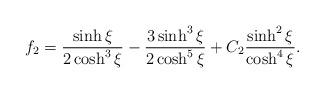
LaTeX: \begin{align*}f_2 = \frac{\sinh \xi}{2 \cosh^3 \xi} - \frac{3 \sinh^3 \xi}{2\cosh^5 \xi} + C_2 \frac{\sinh ^2 \xi}{\cosh ^4 \xi}.\end{align*}